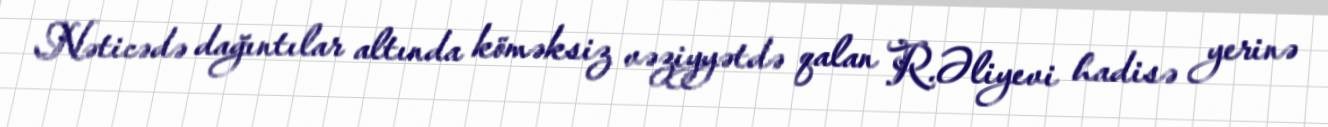
Nəticədə dağıntılar altında köməksiz vəziyyətdə qalan R.Əliyevi hadisə yerinə